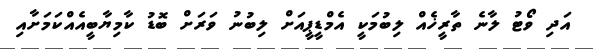
އަދި ވޯޓު ލާނެ ތާރީޚެއް ލިބުމަކީ އެމްޑީޕީއަށް ލިބުނު ވަރަށް ބޮޑު ކާމިޔާބީއެއްކަމަށާއި